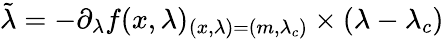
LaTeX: \tilde{\lambda}=-\partial_{\lambda}f(x,\lambda)_{(x,\lambda)=(m,\lambda_{c})}\times(\lambda-\lambda_{c})